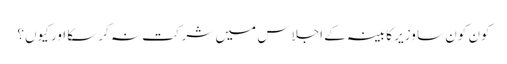
کون کون سا وزیر کابینہ کے اجلاس میں شرکت نہ کرسکا اور کیوں؟